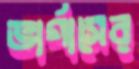
ভার্গাসের